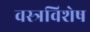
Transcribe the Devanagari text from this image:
वस्त्रविशेष